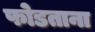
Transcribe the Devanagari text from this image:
फोडताना